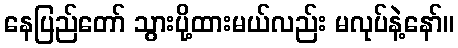
နေပြည်တော် သွားပို့ထားမယ်လည်း မလုပ်နဲ့နော်။